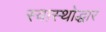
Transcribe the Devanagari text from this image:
स्वास्थोद्धार